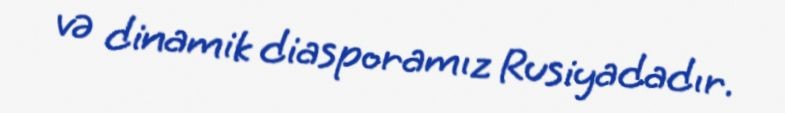
və dinamik diasporamız Rusiyadadır.